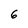
Character: 6